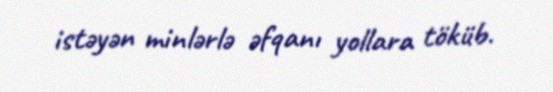
istəyən minlərlə əfqanı yollara töküb.